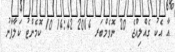
އާ އެކު ގެއްލިއްޖެ 20 ނޮވެމްބަރ 2014 14:42 10 ކޮމެންޓު ކަލާފާނު